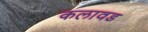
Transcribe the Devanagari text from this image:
कलावड